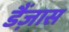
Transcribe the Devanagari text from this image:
डैंज़ास